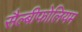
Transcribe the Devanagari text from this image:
सैल्बीफोलियम